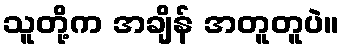
သူတို့က အချိန် အတူတူပဲ။